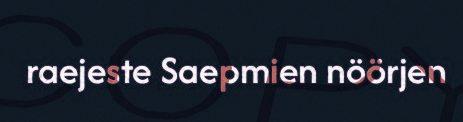
raejeste Saepmien nöörjen